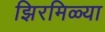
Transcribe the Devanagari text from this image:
झिरमिळ्या